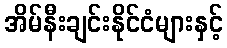
အိမ်နီးချင်းနိုင်ငံများနှင့်